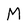
Character: M